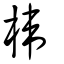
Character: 椲